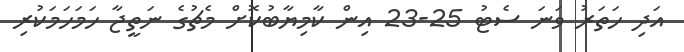
އަދި ހަތަރު ވަނަ ސެޓު 25-23 އިން ކާމިޔާބުކޮށް މެޗުގެ ނަތީޖާ ހަމަހަމަކުރި